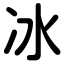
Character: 冰